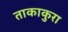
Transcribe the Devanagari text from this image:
ताकाकुरा